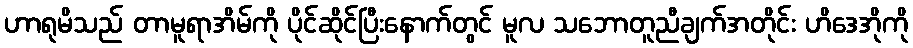
ဟာရုမိသည် တာမူရာအိမ်ကို ပိုင်ဆိုင်ပြီးနောက်တွင် မူလ သဘောတူညီချက်အတိုင်း ဟိဒေအိုကို